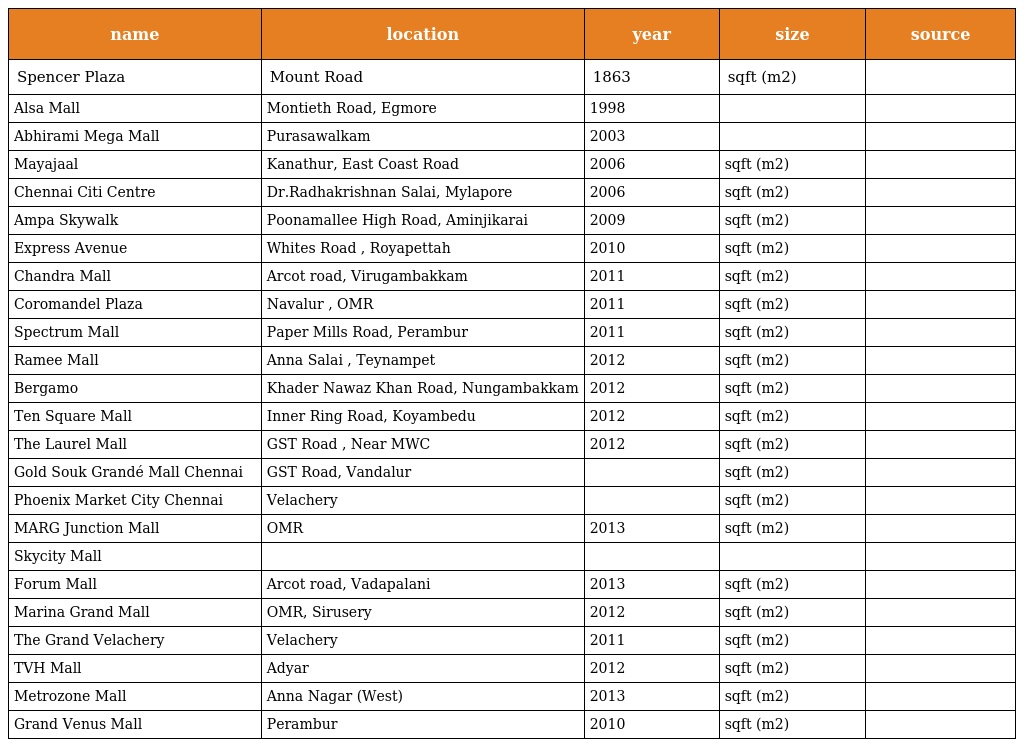
| name | location | year | size | source |
 | --- | --- | --- | --- | --- |
 | Spencer Plaza | Mount Road | 1863 | sqft (m2) |  |
 | Alsa Mall | Montieth Road, Egmore | 1998 |  |  |
 | Abhirami Mega Mall | Purasawalkam | 2003 |  |  |
 | Mayajaal | Kanathur, East Coast Road | 2006 | sqft (m2) |  |
 | Chennai Citi Centre | Dr.Radhakrishnan Salai, Mylapore | 2006 | sqft (m2) |  |
 | Ampa Skywalk | Poonamallee High Road, Aminjikarai | 2009 | sqft (m2) |  |
 | Express Avenue | Whites Road , Royapettah | 2010 | sqft (m2) |  |
 | Chandra Mall | Arcot road, Virugambakkam | 2011 | sqft (m2) |  |
 | Coromandel Plaza | Navalur , OMR | 2011 | sqft (m2) |  |
 | Spectrum Mall | Paper Mills Road, Perambur | 2011 | sqft (m2) |  |
 | Ramee Mall | Anna Salai , Teynampet | 2012 | sqft (m2) |  |
 | Bergamo | Khader Nawaz Khan Road, Nungambakkam | 2012 | sqft (m2) |  |
 | Ten Square Mall | Inner Ring Road, Koyambedu | 2012 | sqft (m2) |  |
 | The Laurel Mall | GST Road , Near MWC | 2012 | sqft (m2) |  |
 | Gold Souk Grandé Mall Chennai | GST Road, Vandalur |  | sqft (m2) |  |
 | Phoenix Market City Chennai | Velachery |  | sqft (m2) |  |
 | MARG Junction Mall | OMR | 2013 | sqft (m2) |  |
 | Skycity Mall |  |  |  |  |
 | Forum Mall | Arcot road, Vadapalani | 2013 | sqft (m2) |  |
 | Marina Grand Mall | OMR, Sirusery | 2012 | sqft (m2) |  |
 | The Grand Velachery | Velachery | 2011 | sqft (m2) |  |
 | TVH Mall | Adyar | 2012 | sqft (m2) |  |
 | Metrozone Mall | Anna Nagar (West) | 2013 | sqft (m2) |  |
 | Grand Venus Mall | Perambur | 2010 | sqft (m2) |  |